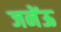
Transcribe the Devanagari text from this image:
जनेंऊ